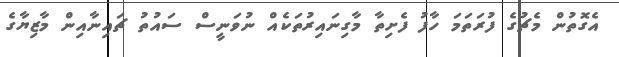
އެގޮތުން މެޗުގެ ފުރަތަމަ ހާފު ފެށިތާ މާގިނައިރުތަކެއް ނުވަނީސް ސައުތު ޗައިނާއިން މާޒިޔާގެ